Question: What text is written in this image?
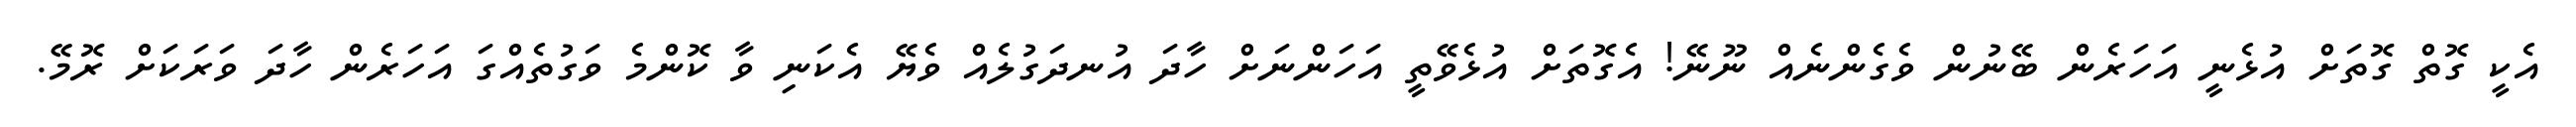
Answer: އެކީ ގޮތް ގޮތަށް އުޅެނީ އަހަރެން ބޭނުން ވެގެންނެއް ނޫނޭ! އެގޮތަށް އުޅެވޭތީ އަހަންނަށް ހާދަ އުނދަގުލެއް ވެޔޭ އެކަނި ވާ ކޮންމެ ވަގުތެއްގަ އަހަރެން ހާދަ ވަރަކަށް ރޮމޭ.